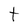
Character: t